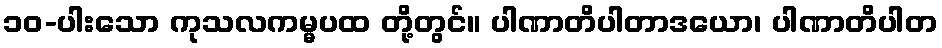
၁၀-ပါးသော ကုသလကမ္မပထ တို့တွင်။ ပါဏာတိပါတာဒယော၊ ပါဏာတိပါတ